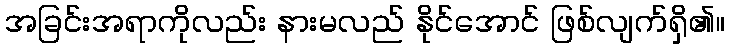
အခြင်းအရာကိုလည်း နားမလည် နိုင်အောင် ဖြစ်လျက်ရှိ၏။